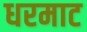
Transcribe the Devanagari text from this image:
धरमाट